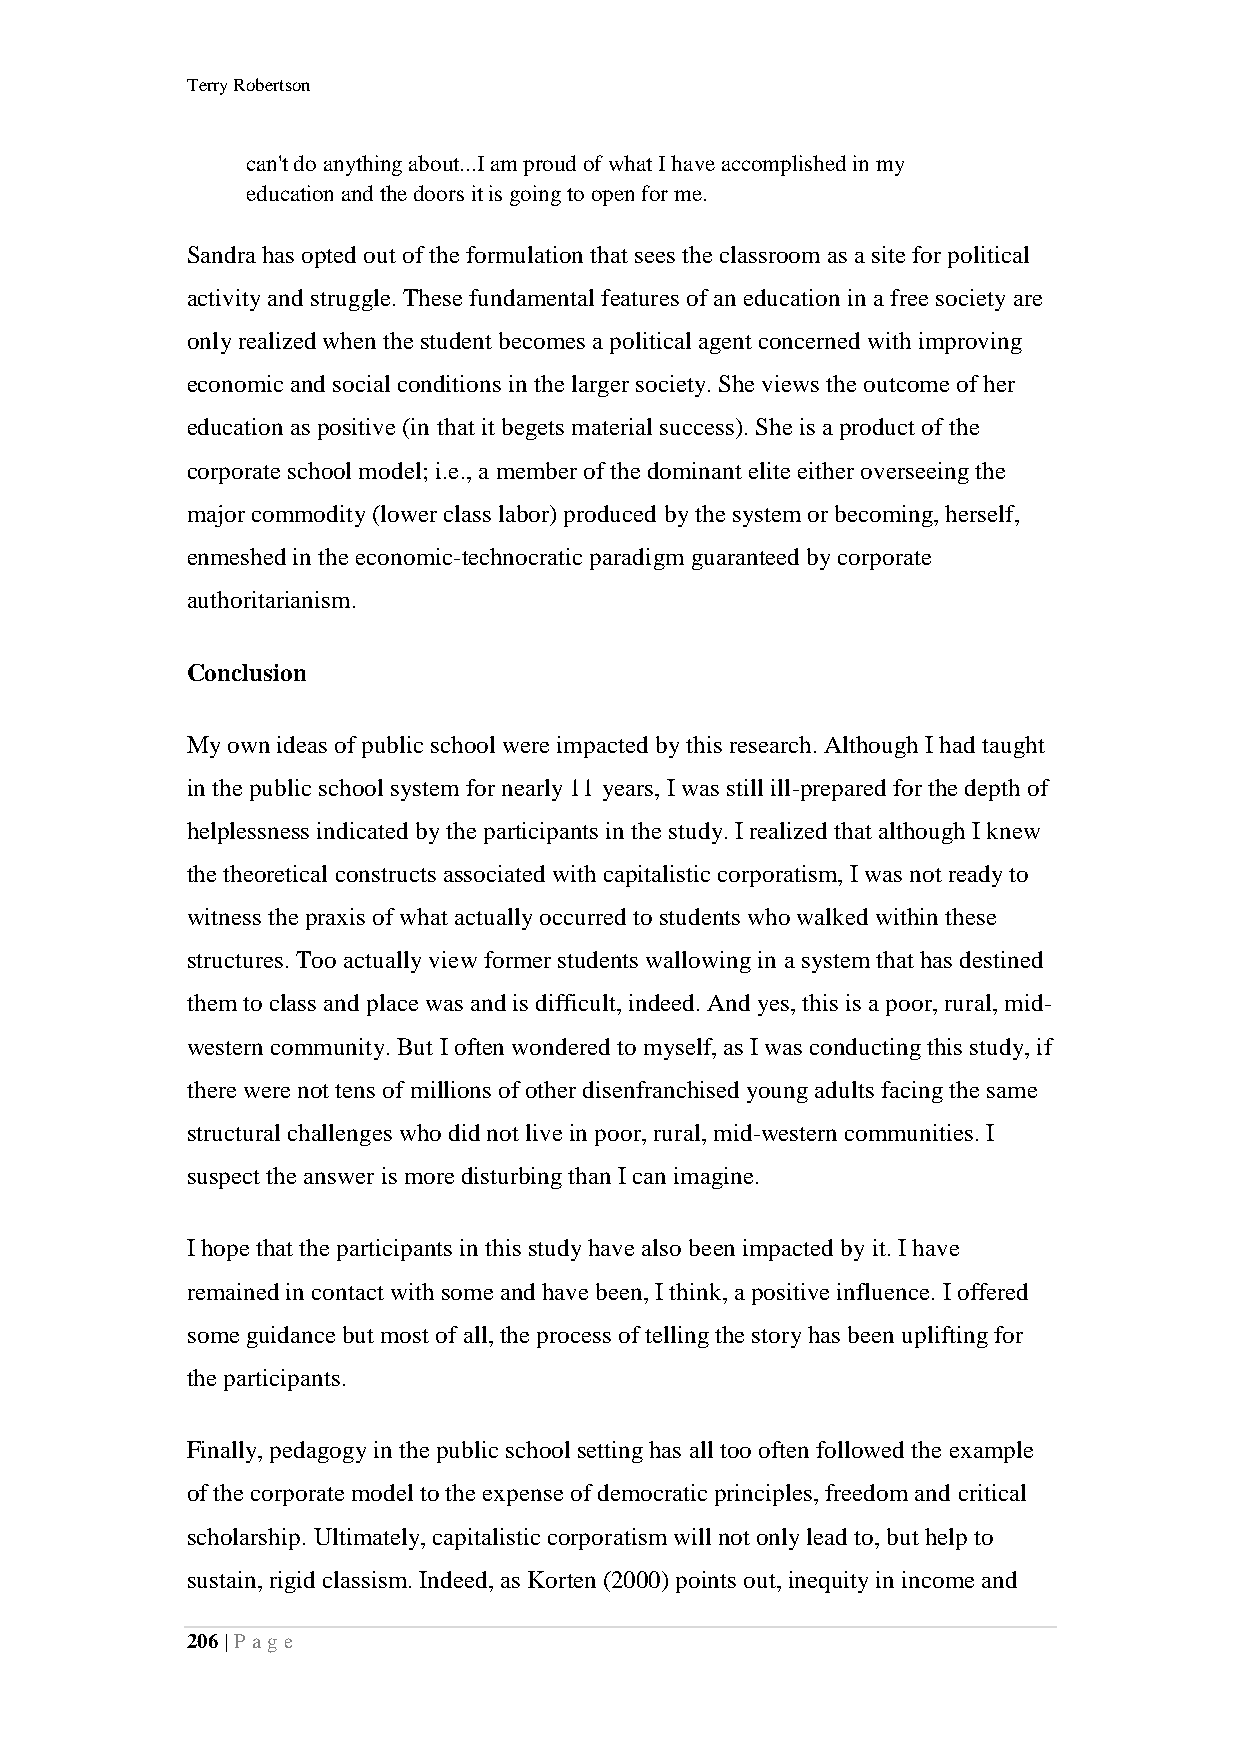
Terry Robertson
 can't do anything about...I am proud of what I have accomplished in my
 education and the doors it is going to open for me.
 Sandra has opted out of the formulation that sees the classroom as a site for political
 activity and struggle. These fundamental features of an education in a free society are
 only realized when the student becomes a political agent concerned with improving
 economic and social conditions in the larger society. She views the outcome of her
 education as positive (in that it begets material success). She is a product of the
 corporate school model; i.e., a member of the dominant elite either overseeing the
 major commodity (lower class labor) produced by the system or becoming, herself,
 enmeshed in the economic-technocratic paradigm guaranteed by corporate
 authoritarianism.
 Conclusion
 My own ideas of public school were impacted by this research. Although I had taught
 in the public school system for nearly 11 years, I was still ill-prepared for the depth of
 helplessness indicated by the participants in the study. I realized that although I knew
 the theoretical constructs associated with capitalistic corporatism, I was not ready to
 witness the praxis of what actually occurred to students who walked within these
 structures. Too actually view former students wallowing in a system that has destined
 them to class and place was and is difficult, indeed. And yes, this is a poor, rural, mid-
 western community. But I often wondered to myself, as I was conducting this study, if
 there were not tens of millions of other disenfranchised young adults facing the same
 structural challenges who did not live in poor, rural, mid-western communities. I
 suspect the answer is more disturbing than I can imagine.
 I hope that the participants in this study have also been impacted by it. I have
 remained in contact with some and have been, I think, a positive influence. I offered
 some guidance but most of all, the process of telling the story has been uplifting for
 the participants.
 Finally, pedagogy in the public school setting has all too often followed the example
 of the corporate model to the expense of democratic principles, freedom and critical
 scholarship. Ultimately, capitalistic corporatism will not only lead to, but help to
 sustain, rigid classism. Indeed, as Korten (2000) points out, inequity in income and
 206 | P a ge